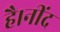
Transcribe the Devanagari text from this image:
है।नींद